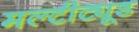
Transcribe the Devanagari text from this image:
मल्टीट्यूड